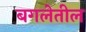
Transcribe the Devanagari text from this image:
बगलेतील